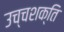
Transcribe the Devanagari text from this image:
उच्चशक्ति